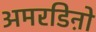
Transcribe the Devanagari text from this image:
अमरडिऩो